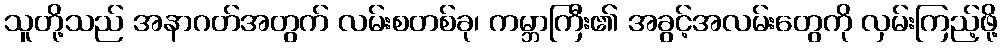
သူတို့သည် အနာဂတ်အတွက် လမ်းစတစ်ခု၊ ကမ္ဘာကြီး၏ အခွင့်အလမ်းတွေကို လှမ်းကြည့်ဖို့